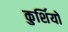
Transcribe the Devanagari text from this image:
कुर्शियों